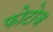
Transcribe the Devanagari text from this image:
फोटोज